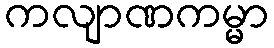
ကလျာဏကမ္မာ